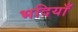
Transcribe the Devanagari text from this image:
भदियाँ